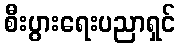
စီးပွားရေးပညာရှင်